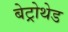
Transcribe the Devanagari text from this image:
बेट्रोथेड